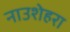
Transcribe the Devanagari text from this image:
नाउशेहरा